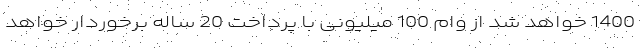
1400 خواهد شد از وام 100 میلیونی با پرداخت 20 ساله برخوردار خواهد